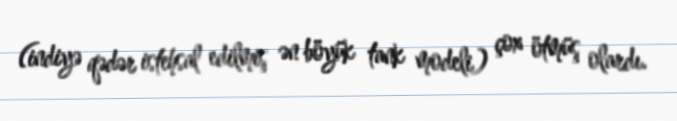
(indiyə qədər istehsal edilmiş ən böyük tank modeli) çox ötmüş olardı.